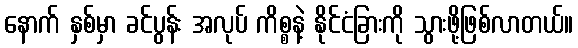
နောက် နှစ်မှာ ခင်ပွန်း အလုပ် ကိစ္စနဲ့ နိုင်ငံခြားကို သွားဖို့ဖြစ်လာတယ်။